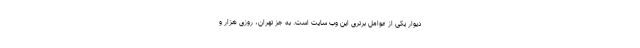
دیوار یکی از عوامل برتری این وب سایت است. به جز تهران، روزی هزار و